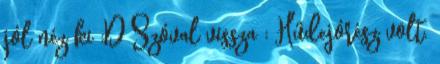
jól néz ki :D Szóval vissza : Hűdejórész volt.